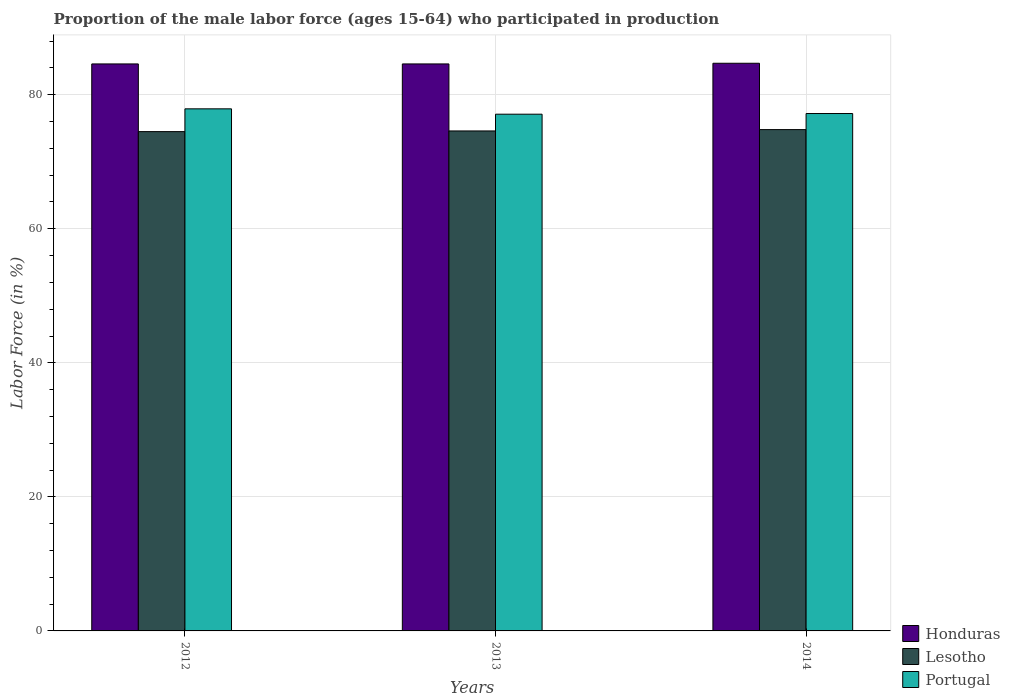
| Years | Honduras | Lesotho | Portugal |
 | --- | --- | --- | --- |
 | 2012 | 84.6 | 74.5 | 77.9 |
 | 2013 | 84.6 | 74.6 | 77.1 |
 | 2014 | 84.7 | 74.8 | 77.2 |